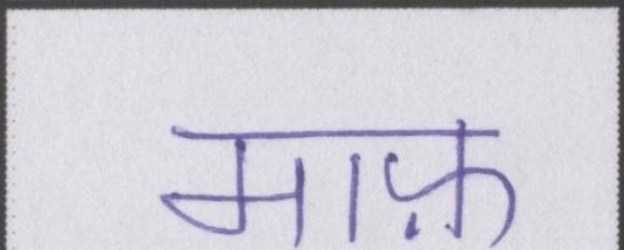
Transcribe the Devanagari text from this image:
माफ़